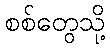
စစ်တွေသို့